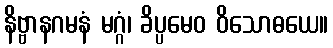
နိဗ္ဗာနဂမနံ မဂ္ဂံ၊ ခိပ္ပမေဝ ဝိသောဓယေ။